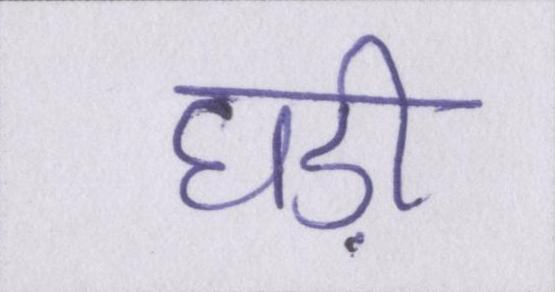
घड़ी